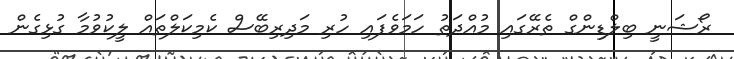
ރޯޝަނީ ބިލްޑިންގް ތެރޭގައި މުއްދަތު ހަމަވެފައި ހުރި މަދިރިބޭސް ކެމިކަލްތައް ލީކުވުމާ ގުޅިގެން